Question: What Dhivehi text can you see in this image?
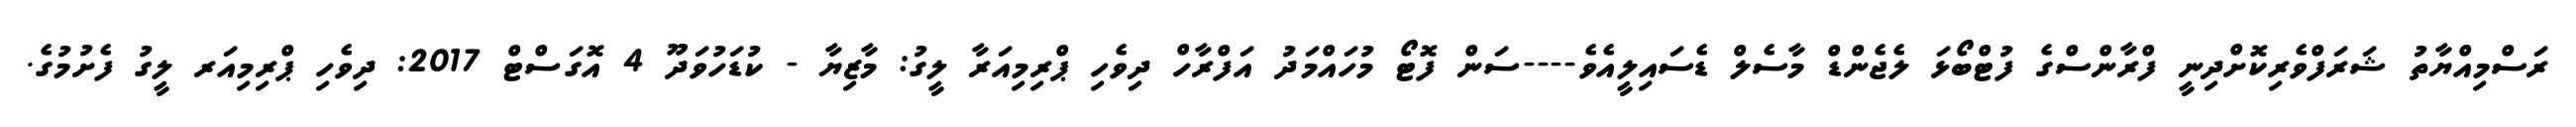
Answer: ރަސްމިއްޔާތު ޝަރަފްވެރިކޮށްދިނީ ފްރާންސްގެ ފުޓްބޯޅަ ލެޖެންޑް މާސެލް ޑެސައިލީއެވެ----ސަން ފޮޓޯ މުހައްމަދު އަފްރާހް ދިވެހި ޕްރިމިއަރާ ލީގު: މާޒިޔާ - ކުޑަހުވަދޫ 4 އޮގަސްޓް 2017: ދިވެހި ޕްރިމިއަރ ލީގު ފެށުމުގެ.